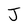
Character: J